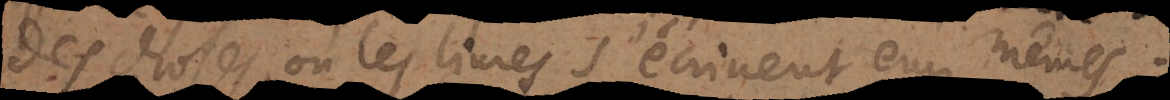
des choses, où les livres s’écrivent eux mêmes;